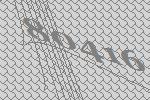
80416